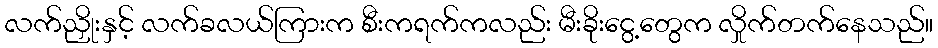
လက်ညှိုးနှင့် လက်ခလယ်ကြားက စီးကရက်ကလည်း မီးခိုးငွေ့တွေက လှိုက်တက်နေသည်။